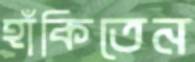
হাঁকিতেন